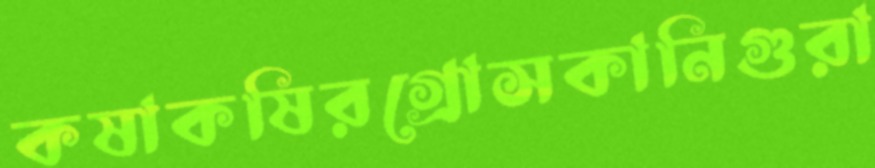
কষাকষিরগ্রোসকানিগুরা